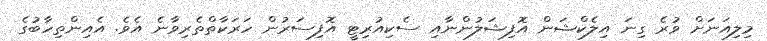
މިލިއަނަށް ވުރެ ގިނަ އިލެކްޝަން އޮފިޝަލުންނާއި ސެކިއުރިޓީ އޮފިސަރުން ހަރަކާތްތެރިވާނެ އެވެ. އެއިންތިހާބުގެ